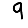
Digit: 9